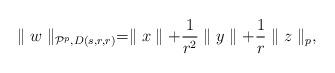
LaTeX: \begin{align*}\parallel w\parallel_{\mathcal{P}^p,D(s,r,r)}=\parallel x\parallel+\frac1{r^2}\parallel y\parallel+\frac1{r}\parallel z\parallel_p, \end{align*}